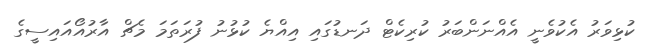
ކުޅިވަރު އެކުވެނީ އެއްނަންބަރު ކުރިކެޓް ދަނޑުގައި އިއްޔެ ކުޅުނު ފުރަތަމަ މެޗް އާރުއޯއައިސީގެ